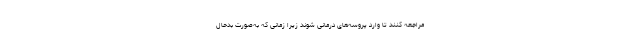
مراجعه کنند تا وارد پروسه‌های درمانی شوند زیرا زمانی که به‌صورت بدحال